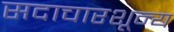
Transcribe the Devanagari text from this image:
सदाचारशून्य